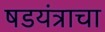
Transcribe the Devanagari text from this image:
षडयंत्राचा